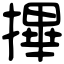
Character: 𢳂